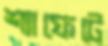
শ্যাফেটে